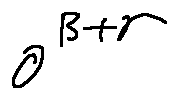
o ^ { \beta + r }